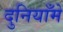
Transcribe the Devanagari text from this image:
दुनियाँमें